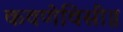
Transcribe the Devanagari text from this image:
कवणेविसीं॥